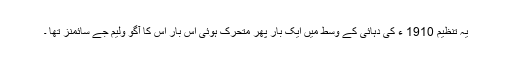
یہ تنظیم 1910 ء کی دہائی کے وسط میں ایک بار پھر متحرک ہوئی اس بار اس کا آگو ولیم جے سائمنز تھا ۔